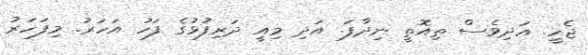
ޖެހީ. އަދިވެސް ތިއޮތީ ނިދާފަ. އަދި މިއީ ދަރިފުޅުގެ ފަހު އަހަރު. މިފަހަރު